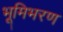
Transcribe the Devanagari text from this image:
भूमिभरण